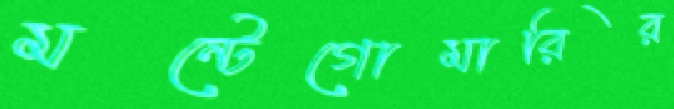
মন্টেগোমারির